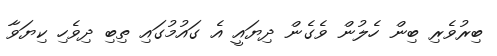
ބިރުވެރި ބިން ހެލުން ވެގެން ދިޔައީ އެ ގައުމުގައި ތިބި ދިވެހި ކިޔަވާ